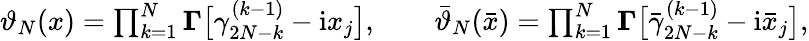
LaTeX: \begin{array}{r}{\vartheta_{N}(x)=\prod_{k=1}^{N}\boldsymbol\Gamma\bigl[\gamma_{2N-k}^{(k-1)}-\mathrm{i}x_{j}\bigr],\qquad\bar{\vartheta}_{N}(\bar{x})=\prod_{k=1}^{N}\boldsymbol\Gamma\bigl[\bar{\gamma}_{2N-k}^{(k-1)}-\mathrm{i}\bar{x}_{j}\bigr],}\end{array}